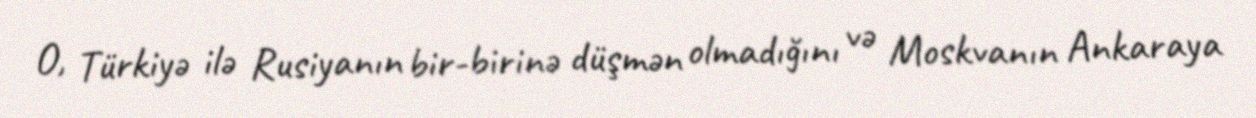
O, Türkiyə ilə Rusiyanın bir-birinə düşmən olmadığını və Moskvanın Ankaraya